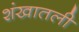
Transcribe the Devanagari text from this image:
शंखातली